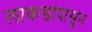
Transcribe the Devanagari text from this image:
लाकडांपासून